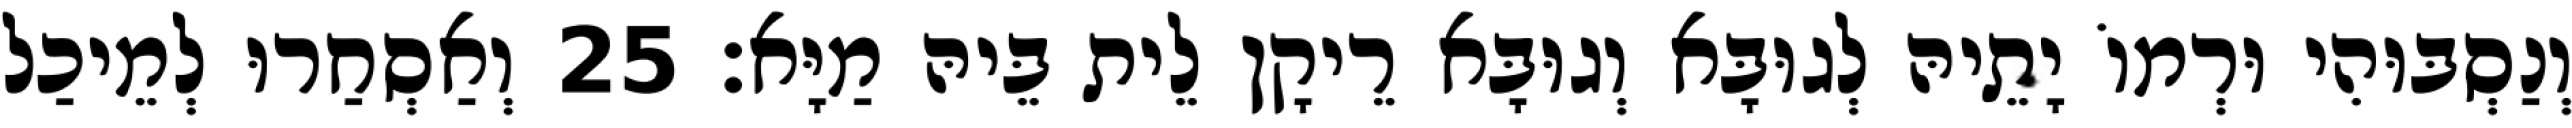
וְנַסְבּוּהִי וּרְמוֹ יָתֵיהּ לְגוּבָּא וְגוּבָּא רֵיקָן לֵית בֵּיהּ מַיָּא׃ 25 וְאַסְחַרוּ לְמֵיכַל